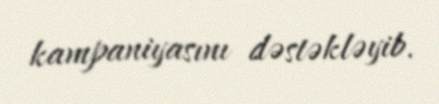
kampaniyasını dəstəkləyib.